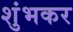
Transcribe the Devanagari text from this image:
शुंभकर